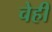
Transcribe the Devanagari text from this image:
चेही